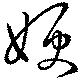
嫂